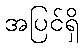
အပြင်ရှိ